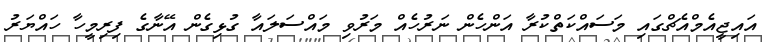
އައިޖީއެމްއެޗްގައި މަސައްކަތްކުރާ އަންހެން ނަރުހެއް މަރުވި މައްސަލައާ ގުޅިގެން އޭނާގެ ފިރިމީހާ ހައްޔަރު